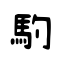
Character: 馰